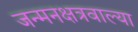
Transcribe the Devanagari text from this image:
जन्मनक्षत्रवाल्या